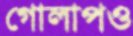
গোলাপও